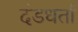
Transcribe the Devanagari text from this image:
दंडधर्ता